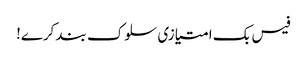
فیس بک امتیازی سلوک بند کرے!